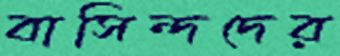
বাসিন্দদের